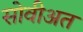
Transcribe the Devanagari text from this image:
सोवीअत